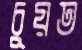
চুয়ত